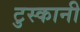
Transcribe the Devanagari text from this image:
टुस्कानी